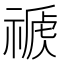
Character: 𥛕